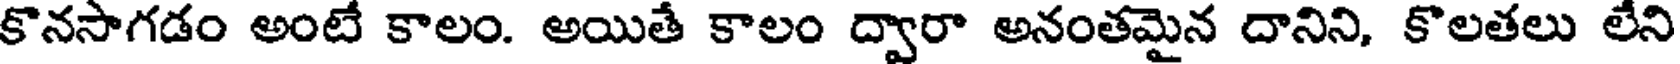
కొనసాగడం అంటే కాలం. అయితే కాలం ద్వారా అనంతమైన దానిని, కొలతలు లేని